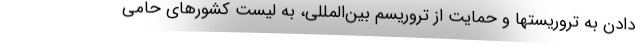
دادن به تروریستها و حمایت از تروریسم بین‌المللی، به لیست کشورهای حامی